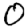
Digit: 0